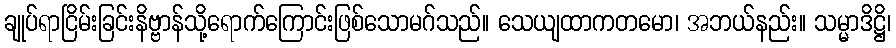
ချုပ်ရာငြိမ်းခြင်းနိဗ္ဗာန်သို့ရောက်ကြောင်းဖြစ်သောမဂ်သည်။ သေယျထာကတမော၊ အဘယ်နည်း။ သမ္မာဒိဋ္ဌိ၊